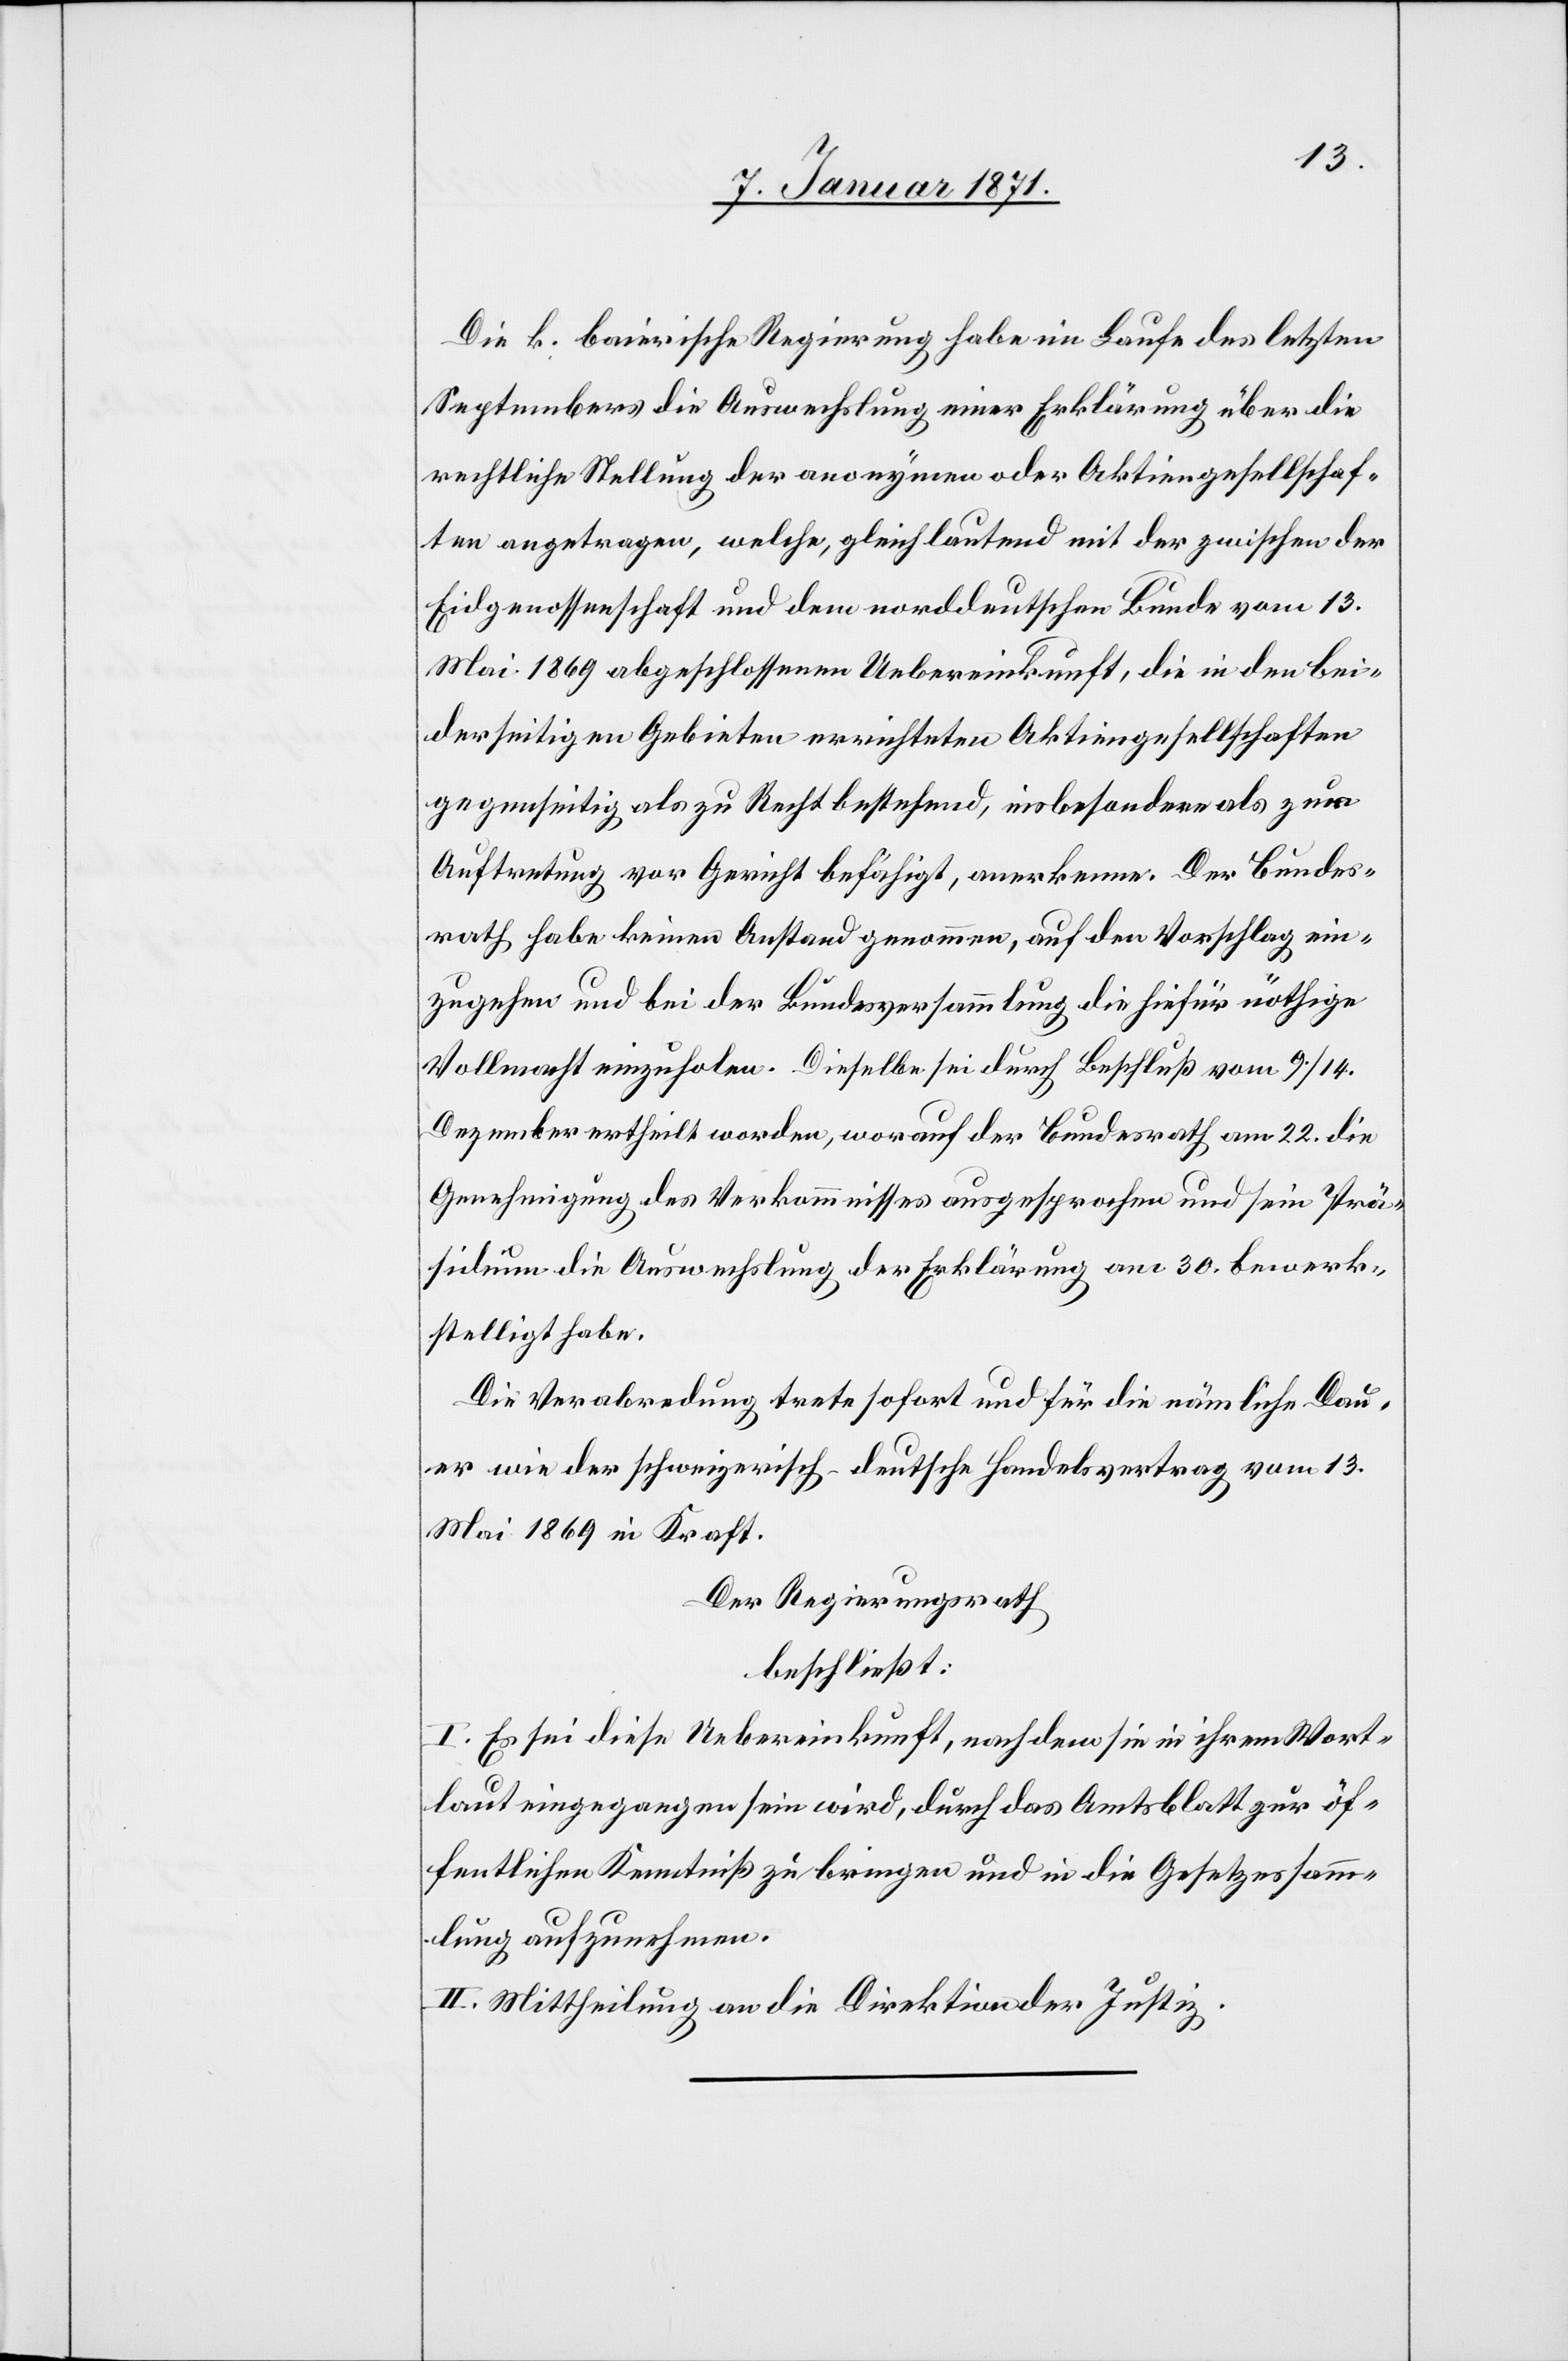
Die k. baierische Regierung habe im Laufe des letzten
Septembers die Auswechslung einer Erklärung über die
rechtliche Stellung der anonymen oder Aktiengesellschaf¬
ten angetragen, welche, gleich lautend mit der zwischen der
Eidgenossenschaft und dem norddeutschen Bunde vom 13.
Mai 1869 abgeschlossenen Uebereinkunft, die in den bei¬
derseitigen Gebieten errichteten Aktiengesellschaften
gegenseitig als zu Recht bestehend, insbesondere als zur
Auftretung vor Gericht befähigt, anerkenne. Der Bundes¬
rath habe keinen Anstand genommen, auf den Vorschlag ein¬
zugehen und bei der Bundesversammlung die hiefür nöthige
Vollmacht einzuholen. Dieselbe sei durch Beschluß vom 9./14.
Dezember ertheilt worden, worauf der Bundesrath am 22. die
Genehmigung des Verkommnisses ausgesprochen und sein Prä¬
sidium die Auswechslung der Erklärung am 30. bewerk¬
stelligt habe.
Die Verabredung trete sofort und für die nämliche Dau¬
er wie der schweizerisch-deutsche Handelsvertrag vom 13.
Mai 1869 in Kraft.
Der Regierungsrath
beschließt:
I. Es sei diese Uebereinkunft, nachdem sie in ihrem Wort¬
laut eingegangen sein wird, durch das Amtsblatt zur öf¬
fentlichen Kenntniß zu bringen und in die Gesetzessamm¬
lung aufzunehmen.
II. Mittheilung an die Direktion der Justiz.